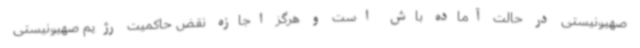
صهیونیستی در حالت آماده باش است و هرگز اجازه نقض حاکمیت رژیم صهیونیستی